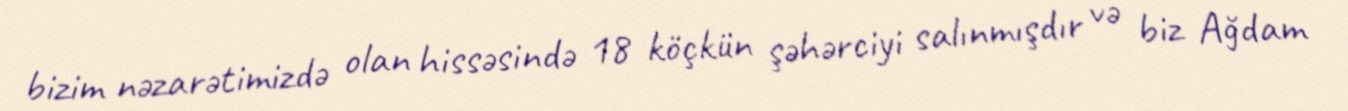
bizim nəzarətimizdə olan hissəsində 18 köçkün şəhərciyi salınmışdır və biz Ağdam